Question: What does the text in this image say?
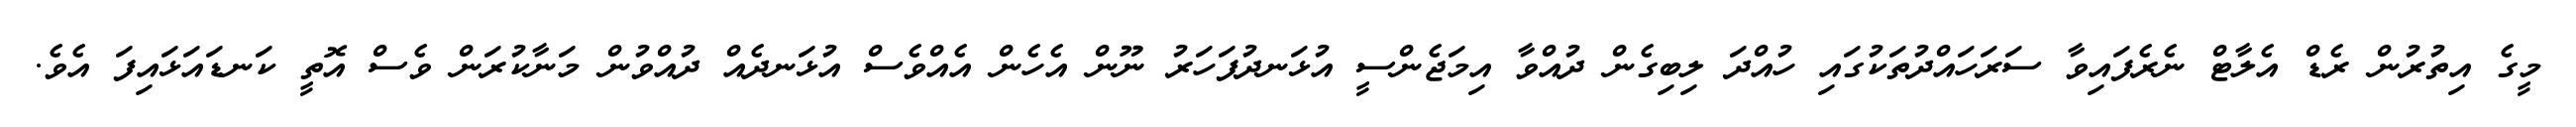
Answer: މީގެ އިތުރުން ރެޑް އެލާޓް ނެރެފައިވާ ސަރަހައްދުތަކުގައި ހުއްދަ ލިބިގެން ދުއްވާ އިމަޖެންސީ އުޅަނދުފަހަރު ނޫން އެހެން އެއްވެސް އުޅަނދެއް ދުއްވުން މަނާކުރަން ވެސް އޮތީ ކަނޑައަޅައިފަ އެވެ.